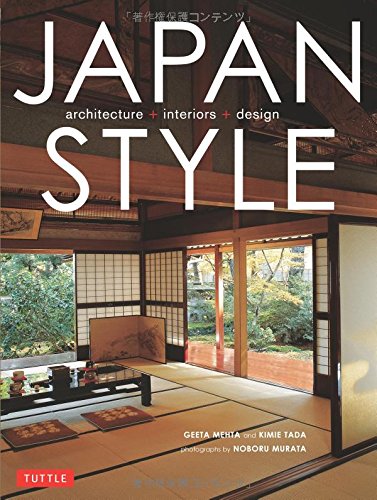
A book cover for Japan Style: Architecture Interiors Design; Geeta Mehta; Arts & Photography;